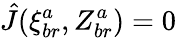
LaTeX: \hat{J}(\xi_{br}^{a},Z_{br}^{a})=0